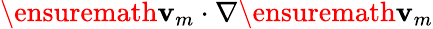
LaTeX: \ensuremath{\mathbf{v}}_{m}\cdot\nabla\ensuremath{\mathbf{v}}_{m}